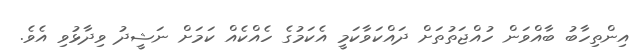
އިންތިހާބު ބާއްވަން ހުއްޖަތުތަށް ދައްކަވާކަމީ އެކަމުގެ ހެއްކެއް ކަމަށް ނަޝީދު ވިދާޅުވި އެވެ.